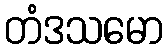
တံဒသမော